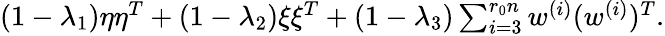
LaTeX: \begin{array}{r}{(1-\lambda_{1})\eta\eta^{T}+(1-\lambda_{2})\xi\xi^{T}+(1-\lambda_{3})\sum_{i=3}^{r_{0}n}w^{(i)}(w^{(i)})^{T}.}\end{array}